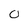
Character: O